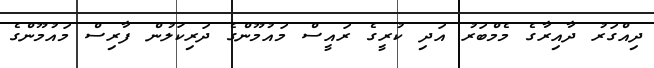
ދިއްގަރު ދާއިރާގެ މެމްބަރު އަދި ކުރީގެ ރައީސް މައުމޫންގެ ދަރިކަލުން ފާރިސް މައުމޫންގެ